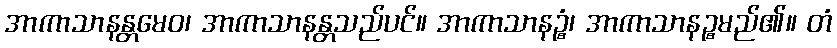
အာကာသာနန္တမေဝ၊ အာကာသာနန္တသည်ပင်။ အာကာသာနဉ္စံ၊ အာကာသာနဉ္စမည်၏။ တံ